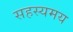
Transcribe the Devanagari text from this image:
सहस्यमय